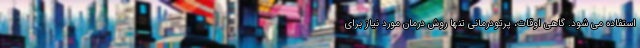
استفاده می شود. گاهی اوقات، پرتودرمانی تنها روش درمان مورد نیاز برای